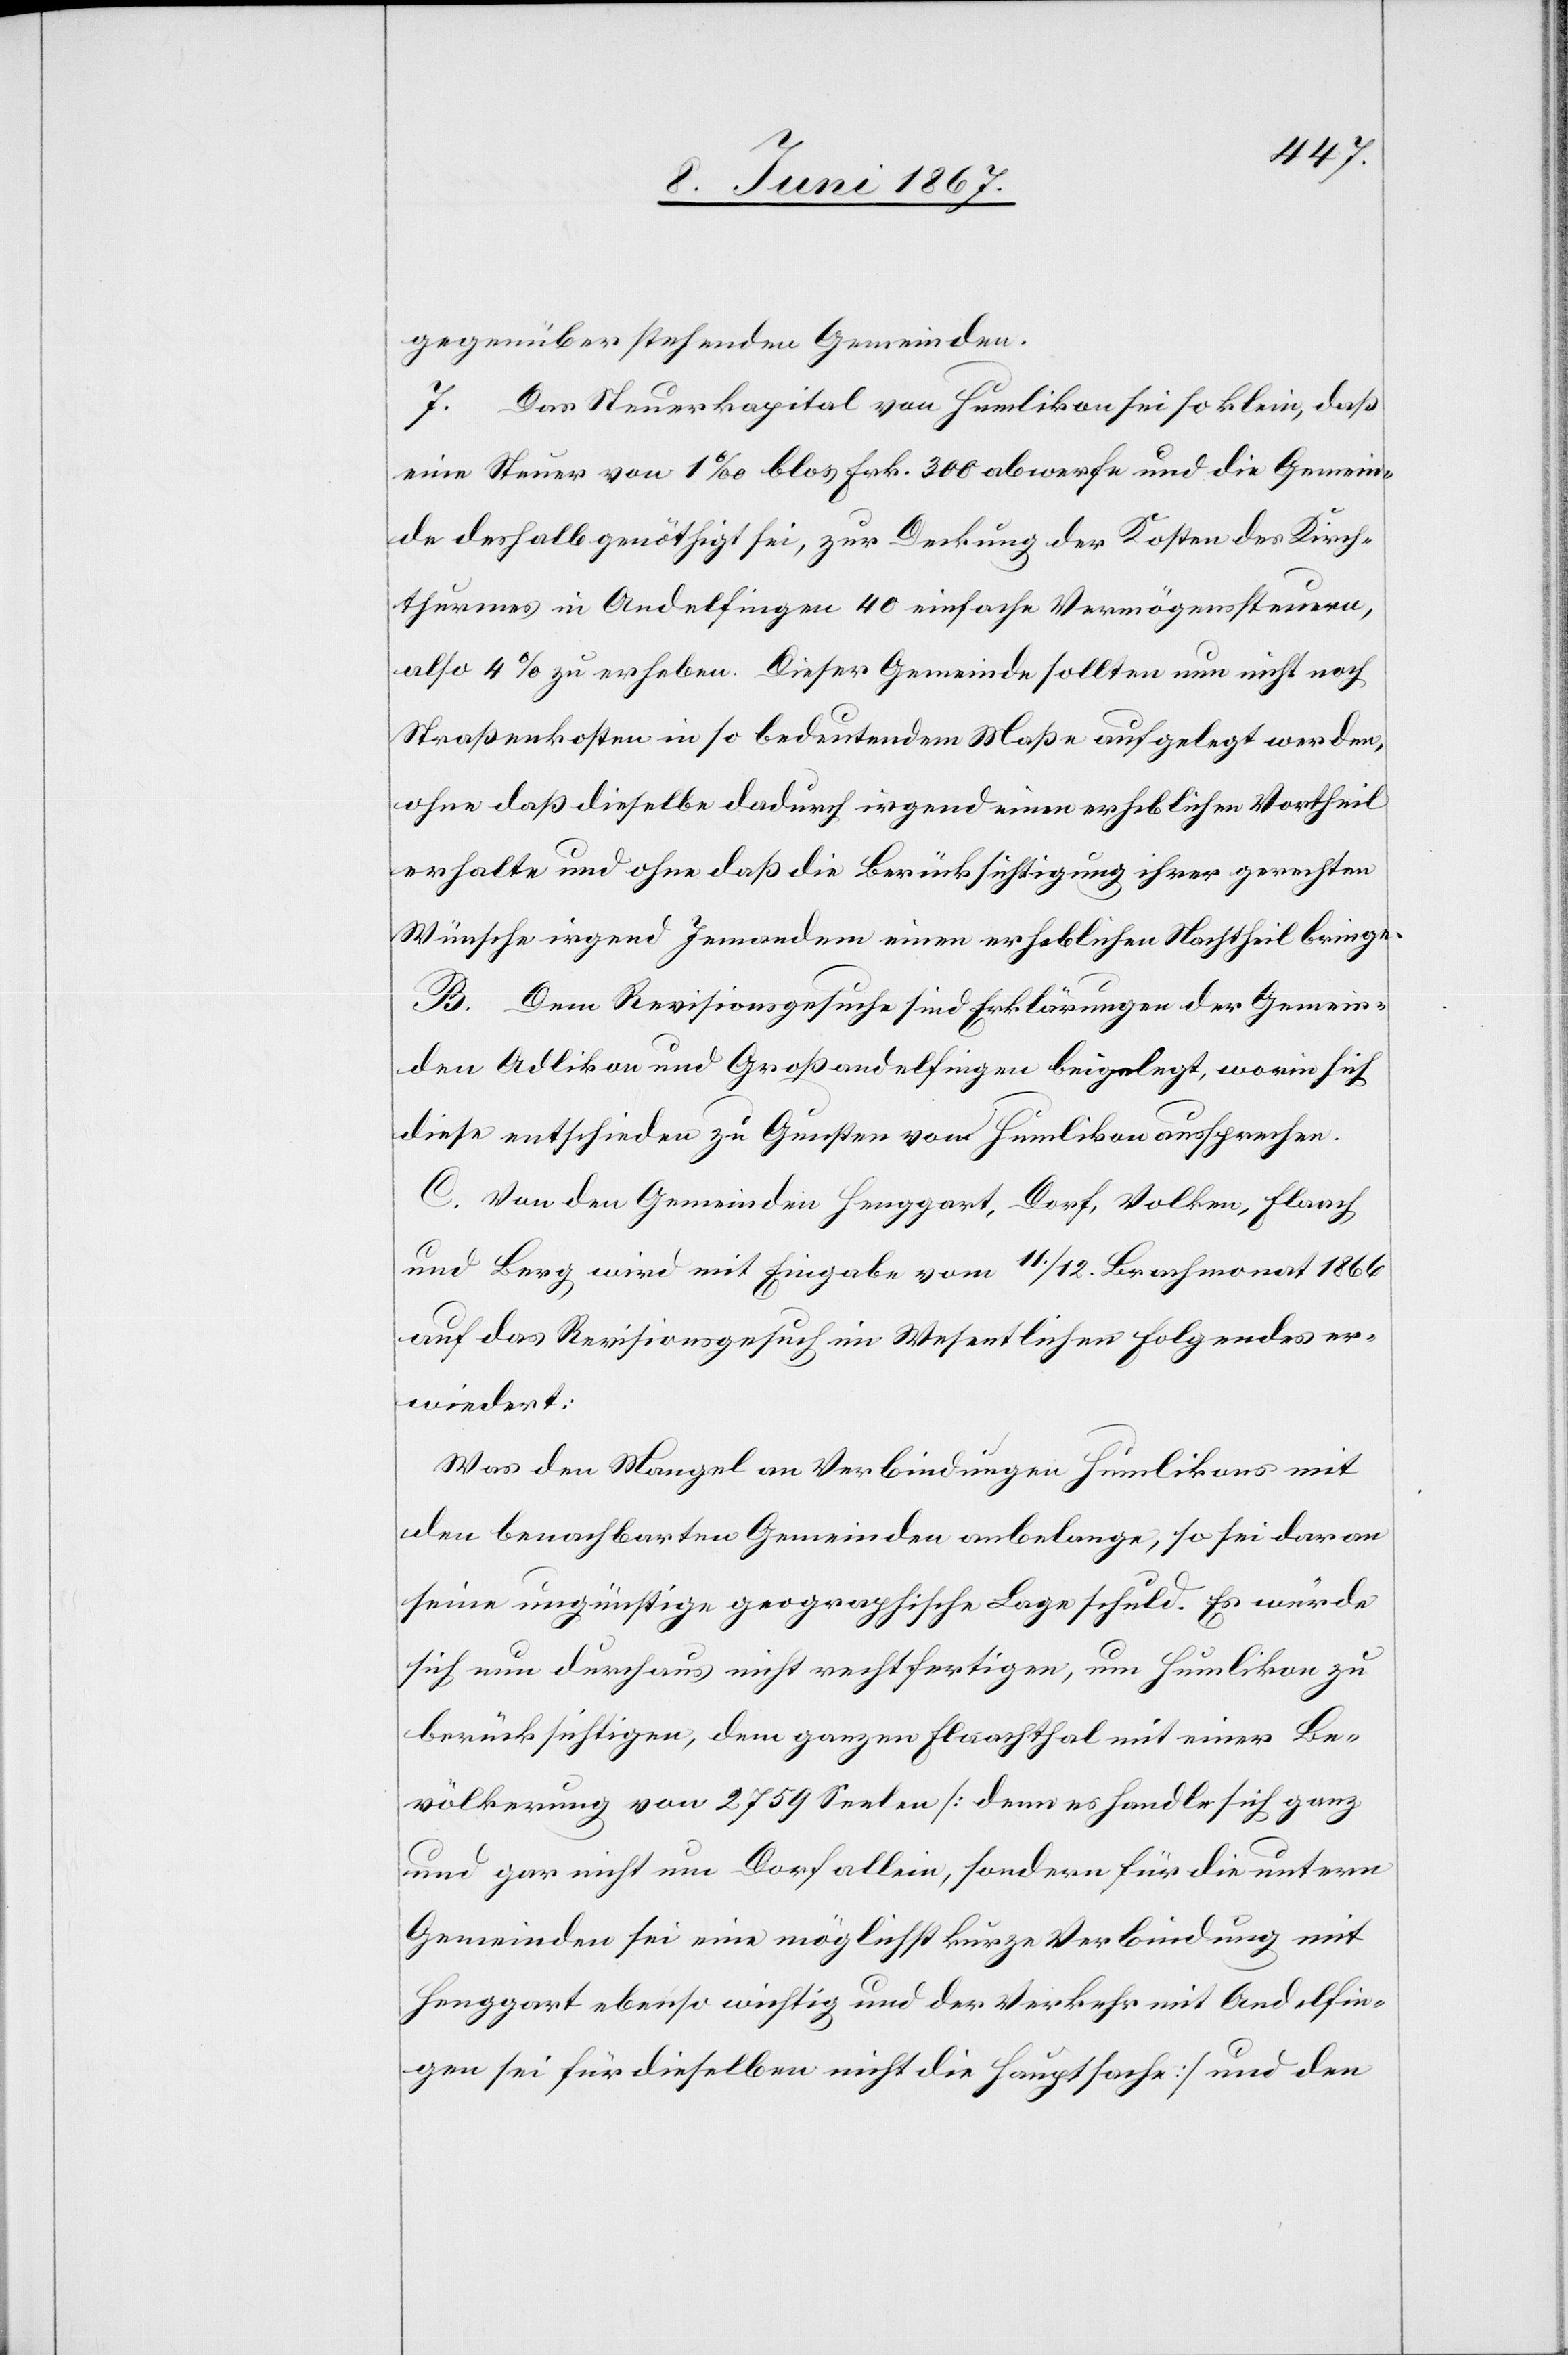
gegenüberstehenden Gemeinden.
7. Das Steuerkapital von Humlikon sei so klein, daß
eine Steuer von 1‰ blos Frk. 300 abwerfe und die Gemein¬
de deshalb genöthigt sei, zur Deckung der Kosten des Kirch¬
thurmes in Andelfingen 40 einfache Vermögenssteuern,
also 4% zu erheben. Dieser Gemeinde sollten nun nicht noch
Straßenkosten in so bedeutendem Maße aufgelegt werden,
ohne daß dieselbe dadurch irgend einen erheblichen Vortheil
erhalte und ohne daß die Berücksichtigung ihrer gerechten
Wünsche irgend Jemandem einen erheblichen Nachtheil bringe.
B. Dem Revisionsgesuche sind Erklärungen der Gemein¬
den Adlikon und Großandelfingen beigelegt, worin sich
diese entschieden zu Gunsten von Humlikon aussprechen.
C. Von den Gemeinden Henggart, Dorf, Volken, Flaach
und Berg wird mit Eingabe vom 11. / 12. Brachmonat 1866
auf das Revisionsgesuch im Wesentlichen folgendes er¬
wiedert:
Was den Mangel an Verbindungen Humlikons mit
den benachbarten Gemeinden anbelange, so sei daran
seine ungünstige geographische Lage schuld. Es würde
sich nun durchaus nicht rechtfertigen, um Humlikon zu
berücksichtigen, dem ganzen Flaachthal mit einer Be¬
völkerung von 2759 Seelen [denn es handle sich ganz
und gar nicht um Dorf allein, sondern für die untern
Gemeinden sei eine möglichst kurze Verbindung mit
Henggart ebenso wichtig und der Verkehr mit Andelfin¬
gen sei für dieselben nicht die Hauptsache] und den